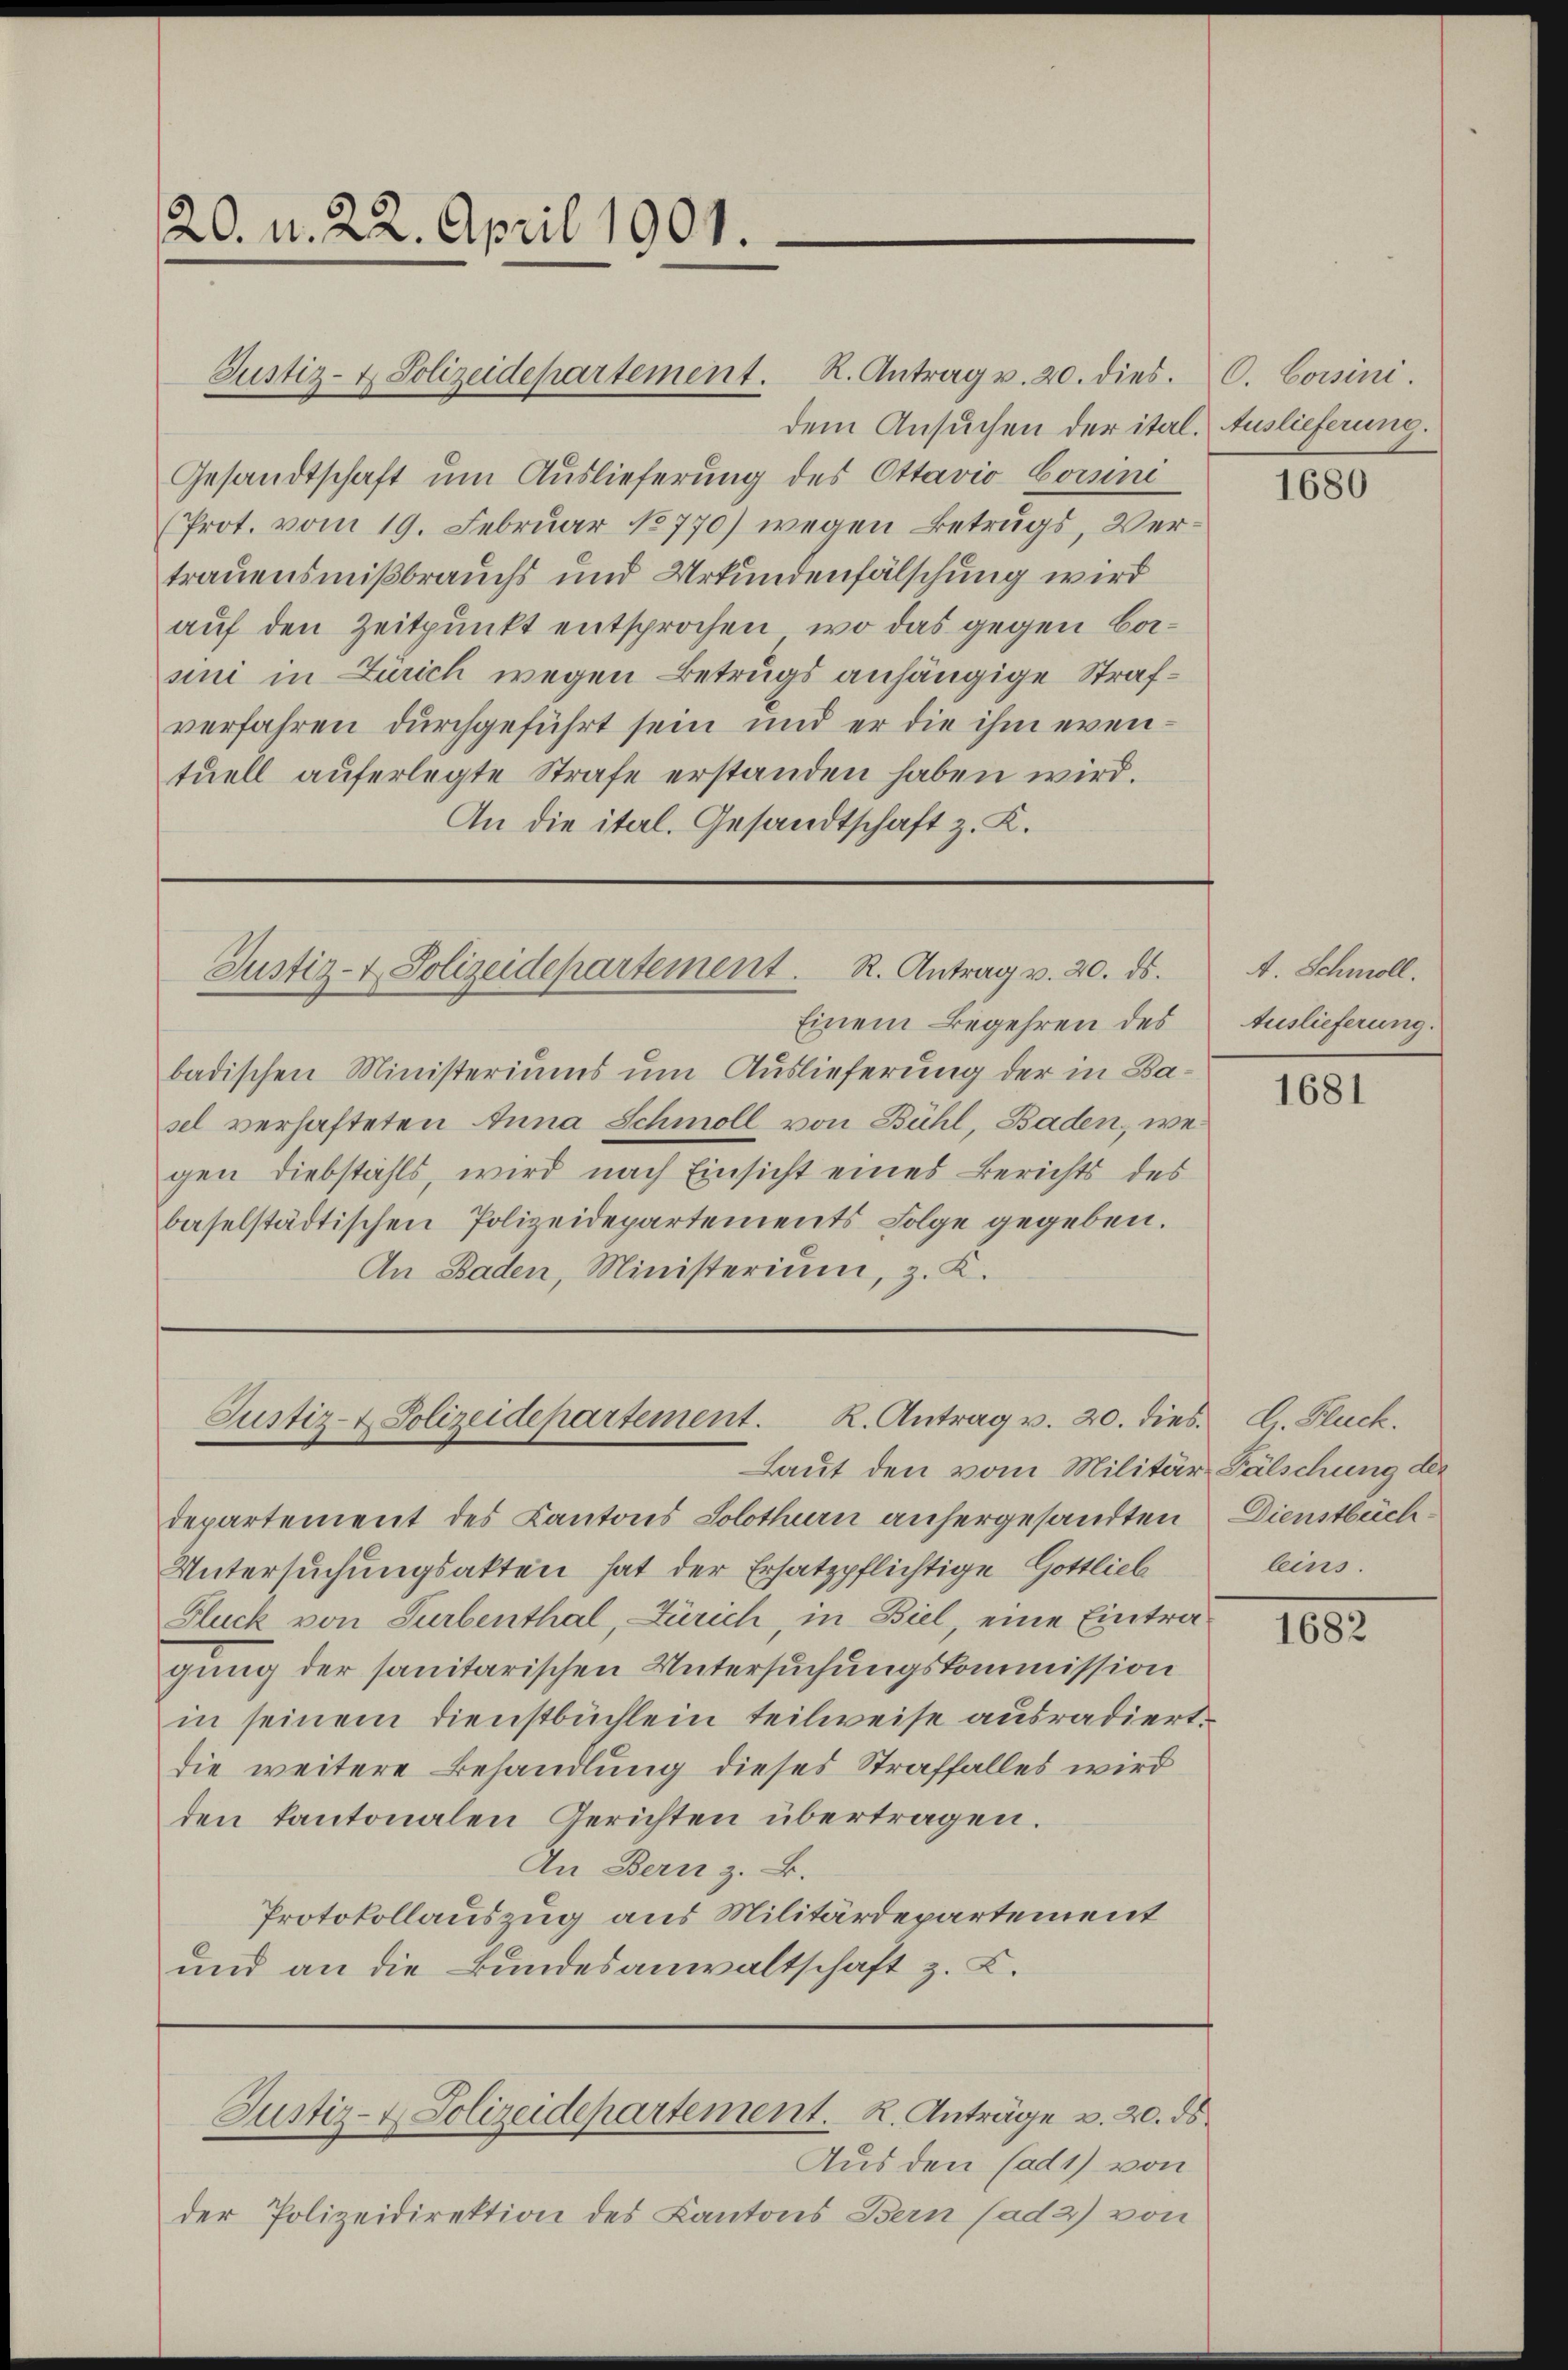
20. d. 22. April 1901.

dem Ansuchen der ital. Auslieferung.
Gesandtschaft um Auslieferung des Ottavio Consini
(Prot. vom 19. Februar 18770) wegen Betrugs, Vertrauensmißbrauchs und Urkundenfälschung wird
auf den Zeitpunkt entsprochen, wo das gegen Basini in Zürich wegen Betrugs anhängige Strafverfahren durchgeführt sein und er die ihm eventuell auferlegte Strafe erstanden haben wird.
An die ital. Gesandtschaft z. K.

Justiz- & Polizeidepartement. R. Antrag v. 20. dies. C. Cossini.

Justiz- & Polizeidepartement. R. Antrag v. 20. ds.

Justiz- & Polizeidepartement. K. Antrag v. 20. dies. E. Fluck.
Laut den vom Militär Fälschung des

Einem Begehren des

badischen Ministeriums um Auslieferung der in Basel verhafteten Anna Schmoll von Bühl, Baden, wegen Diebstahls, wird nach Einsicht eines Berichts des
baselstädtischen Polizeidepartements Folge gegeben.
An Baden, Ministerium, z. K.

departement des Kantons Solothurn anhergesandten Dienstbeich¬
Untersuchungsakten hat der Ersatzpflichtige Gottlieb
Fluck von Surbenthal, Zürich, in Biel, eine Eintragung der sanitarischen Untersuchungskommission
in seinem Dienstbüchlein teilweise ausradiert.
die weitere Behandlung dieses Straffalles wird
den kantonalen Gerichten übertragen.
An Bern z. B.
Protokollauszug aus Militärdepartement
und an die Bundesanwaltschaft z. L.

Aus den Cad1) von
der Polizeidirektion des Kantons Bern (ad 2) von

Justiz- & Polizeidepartement. K. Anträge v. 20. ds.

1680

A. Schmoll.
Auslieferung.

1681

leins.

1682